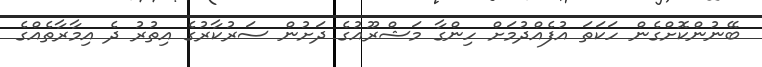
ބޭނުންކޮށްގެން ހަކަތަ އުފެއްދުމަށް ހިންގާ މަޝްރޫއުގެ ދަށުން ސަރުކާރުގެ އިތުރު ދެ އިމާރާތެއްގެ